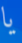
يا